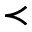
\prec